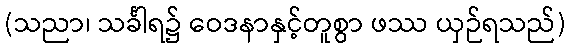
(သညာ၊ သင်္ခါရ၌ ဝေဒနာနှင့်တူစွာ ဖဿ ယှဉ်ရသည်)